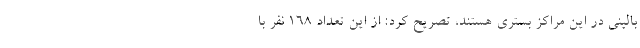
بالینی در این مراکز بستری هستند، تصریح کرد: از این تعداد ۱۶۸ نفر با